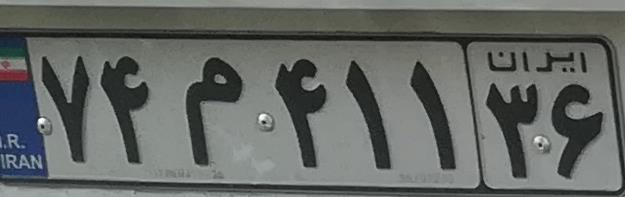
۷۴م۴۱۱۳۶